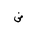
Letter: _dad